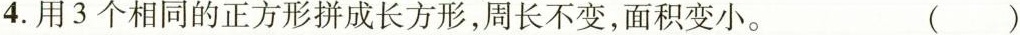
4.用3个相同的正方形拼成长方形，周长不变，面积变小。